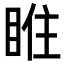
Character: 𥇁